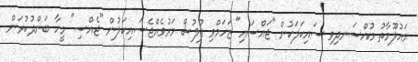
މައުލޫމާތު މުއްސަނދިވި ސައިކަލަކުން "ޖައްސައި" ޒަހަމްވި ފުލުސް މަރުވެއްޖެސައިކަލުން "ޖެއްސި" މީހާ ބަންދުކުރަން